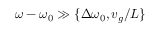
\omega - \omega _ { 0 } \gg \{ \Delta \omega _ { 0 } , v _ { g } / L \}